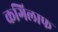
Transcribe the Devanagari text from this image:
कगिलाफ